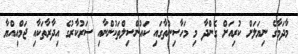
މާދަމާގެ ނިޔަލަށް ކުރިއަށް ގެންދާ މި މަހާސިންތާގައި ކައުންސިލްތަކުންނާއި ސަރުކާރުގެ އިދާރާތަކާއި ޖަމްއިއްޔާ